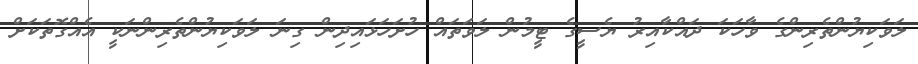
ލަވަކިޔުންތެރިންގެ ވާހަކަ ދައްކާއިރު ޔެސީގެ ޓީމުން ލަވަތައް ހުށަހަޅައިދިން ގިނަ ލަވަކިޔުންތެރިންނަކީ އެއްގޮތަކަށް